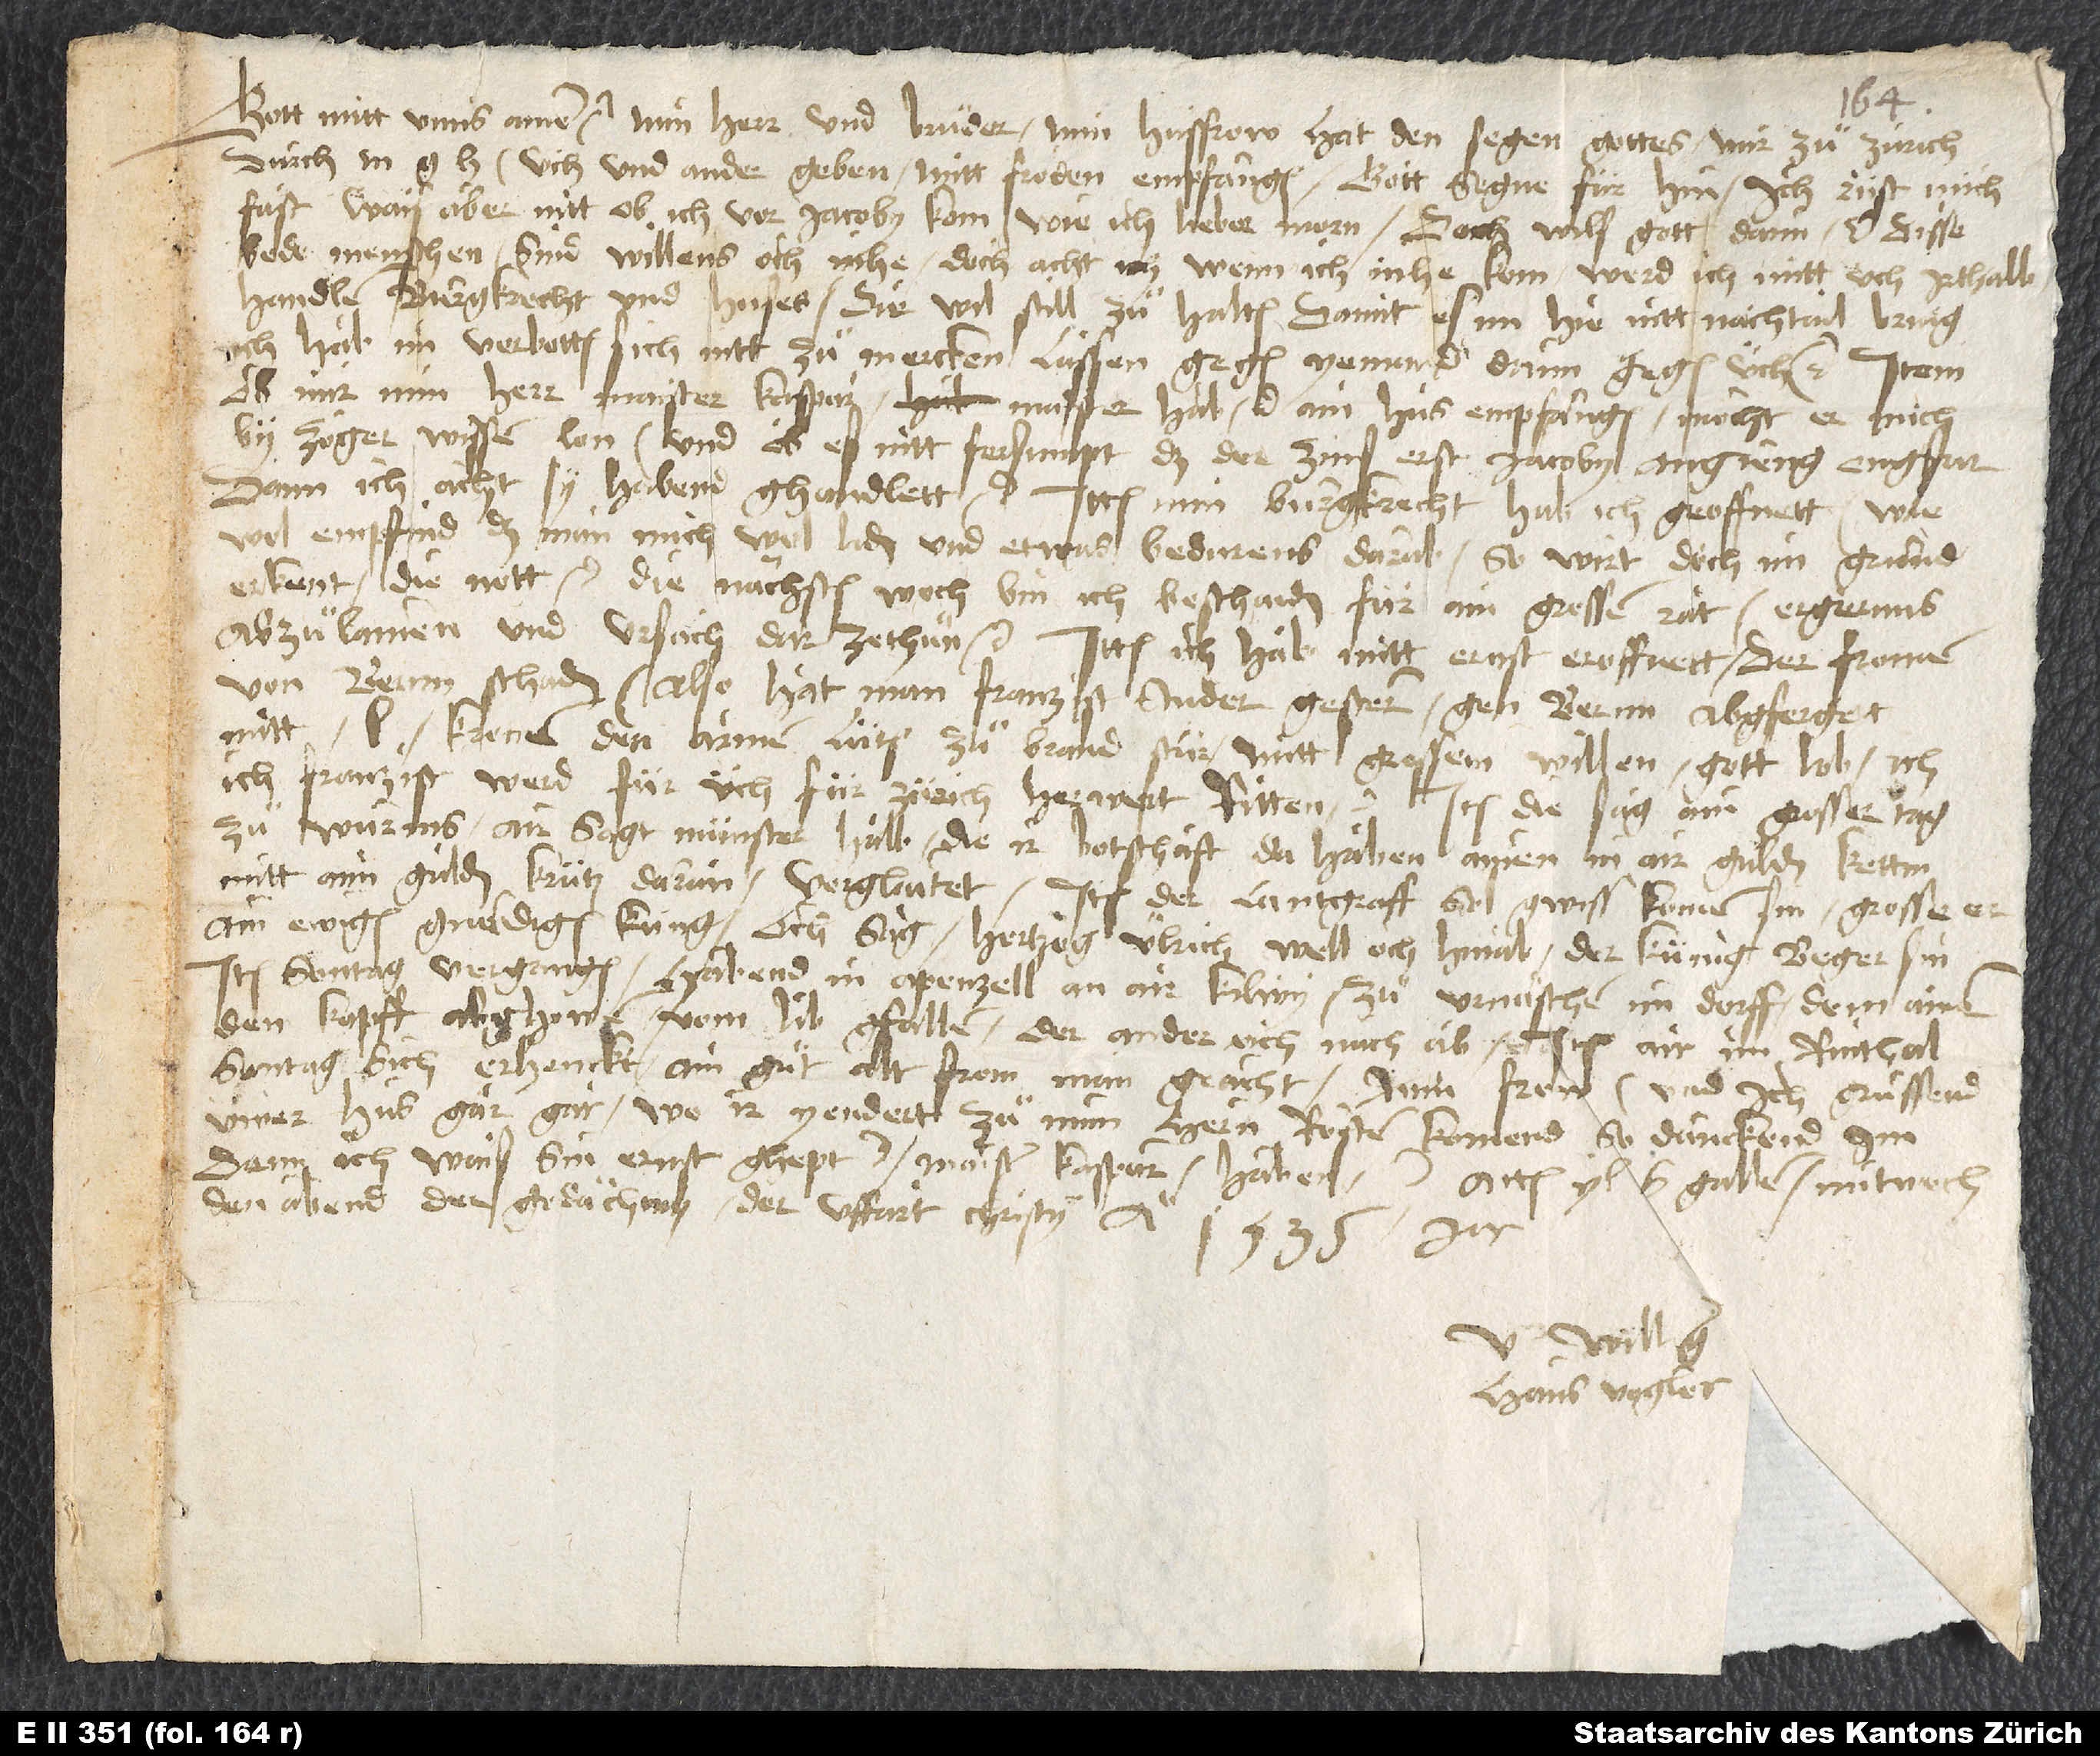
Gott mitt unns. Amen. Min herr und bruͦder, min husfrow hat den segen gottes, mir zuͦ Zürich
durch m, üch und ander geben, mit fröden empfangen. Gott segne für hin. Ich rüst mich
fast, wais aber nitt, ob ich vor Jacobi kom, wie ich lieber morn; doch wils gott dann etc. Disse
bede menschen sind willens, och inhe; doch acht ich, wenn ich inhe kom, werd ich mitt üch irthaib
handlen, burgkrecht und huses, die wil still zuͦ halten, damit es im hie nitt nachtail bring.
Ich hab im verbotten, sich nitt zuͦ mercken lassen gegen yemand, dann gegen üch etc. Item
ob mir min herr maister Kaspar, maister Hab etc. ain hus empfangen, möcht er mich
by zöger wissen lon, und ob es nitt fersumpt, daß der zins erst Jacoby angieng ongfar.
Dann ich acht, si habend ghandlett etc. lttem min burgkrecht hab ich geoffnet, wie
wol empfind, daß man mich wol liden und etwas bedurens darab, so wirt doch im grund
erkent die nott etc. Die nächsten woch bin ich beschaiden für ain grossen rat, ergernus
abzuͦlainen und ursach dar zethuͦn etc. Ittem ich hab mitt ernst eroffnet der fromen
von Bernn schaden. Also hat man Franzist Studer gestern gen Bern abgferget
mit 50 kronen, den armen lüten zuͦ brand stür, mitt grossem willen, gott lob. Item
acht, Franzist werd für üch für Zürich herwert ritten etc. Item die sag, ain grosser tag
zuͦ Wurms, air sagt, Münster halb, die ir botschaft da haben, ainen in air gulden kettin
mit aim gulden krütz daran verglaitet. Item der lantgraff soll gwiss komen sin; grosse er
ain ewigen gnädigen küng. Och sag, hertzog Ulrich well och hinab, der künig beger sin.
Item sontag vergangen habend in Apenzell, an air kilwy zuͦ Urnäschen im dorff, dem ainen
den kopff abghowen, vom lib gfallen; der ander och nach ab. Item air im Rinthal
sontag sich erhenckt, ain guͦt alt from man geacht. Min frow und ich gruͤssend
üwer hus gar guͦt. Wo ir yendert zuͦ mim hem Rösten komend, so danckend im;
denn ich wais sin ernst ghept etc. maister Kasparn, Haben etc. Actum, yl, S. Gallen, mitwoch,
den abend der gedächnus der uffart Christy anno
1535. jar.
U williger
Hans Vogler.